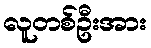
လူတစ်ဦးအား